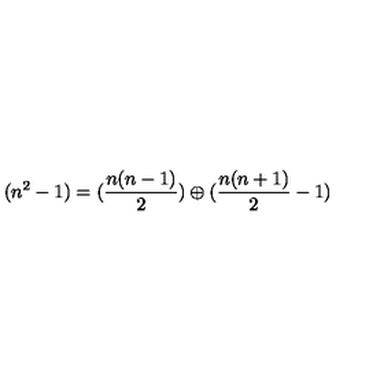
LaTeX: ( n ^ { 2 } - 1 ) = ( \frac { n ( n - 1 ) } { 2 } ) \oplus ( \frac { n ( n + 1 ) } { 2 } - 1 )